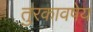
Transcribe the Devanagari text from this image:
तुरकावषेय